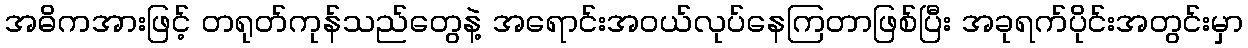
အဓိကအားဖြင့် တရုတ်ကုန်သည်တွေနဲ့ အရောင်းအဝယ်လုပ်နေကြတာဖြစ်ပြီး အခုရက်ပိုင်းအတွင်းမှာ